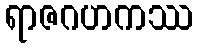
ရာဇဂဟကဿ